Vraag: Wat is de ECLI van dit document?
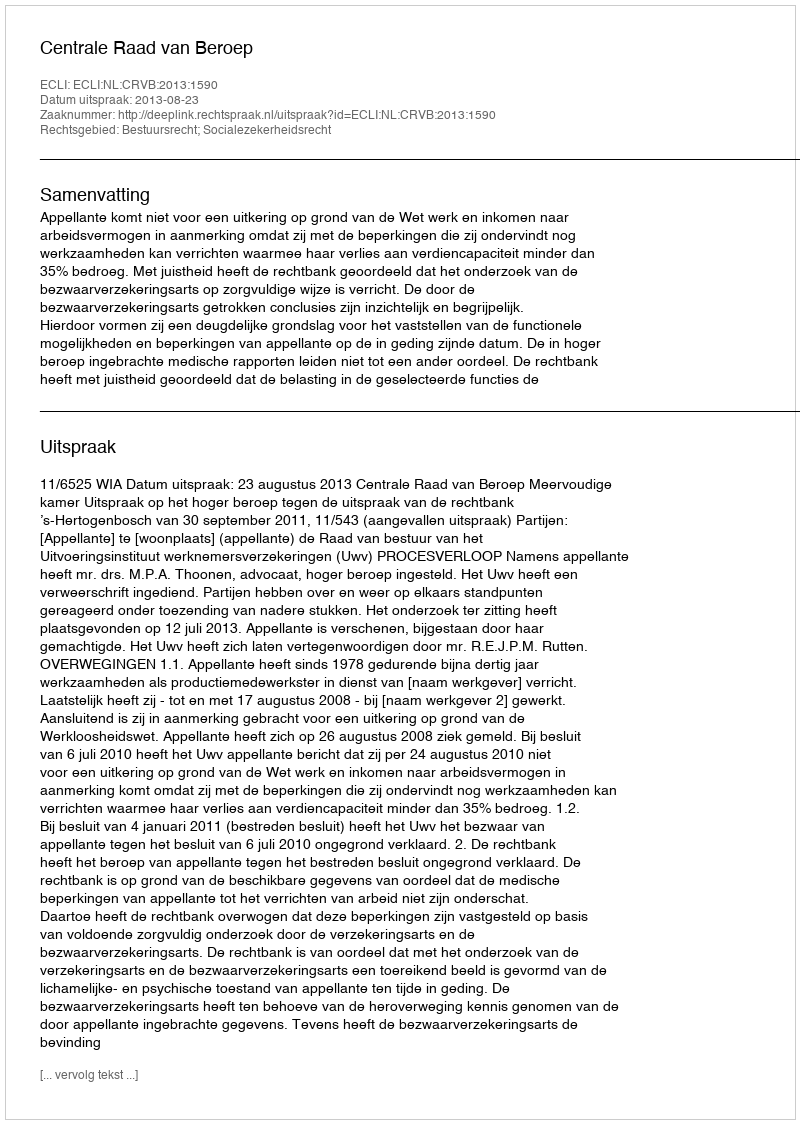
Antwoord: ECLI:NL:CRVB:2013:1590